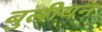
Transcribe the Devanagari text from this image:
बुलीयन